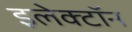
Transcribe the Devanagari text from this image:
इलेक्‍टॉन